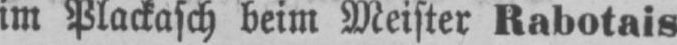
im Plackasch beim Meister Rabotais